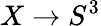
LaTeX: X\to S^{3}